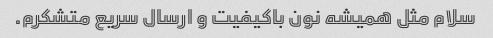
سلام مثل همیشه نون باکیفیت و ارسال سریع متشکرم.